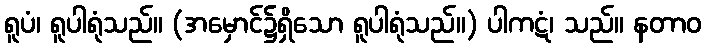
ရူပံ၊ ရူပါရုံသည်။ (အမှောင်၌ရှိသော ရူပါရုံသည်။) ပါကဋံ၊ သည်။ နတာဝ